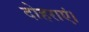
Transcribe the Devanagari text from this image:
दोहराएं।